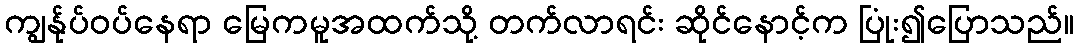
ကျွန်ုပ်ဝပ်နေရာ မြေကမူအထက်သို့ တက်လာရင်း ဆိုင်နောင့်က ပြုံး၍ပြောသည်။